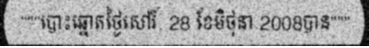
"""បោះឆ្នោតថ្ងៃសៅរ៍, 28 ខែមិថុនា 2008បាន"""